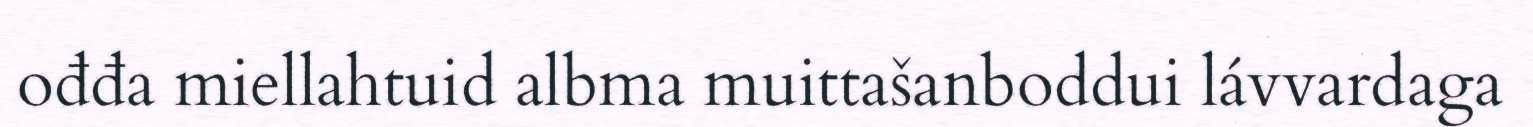
ođđa miellahtuid albma muittašanboddui lávvardaga